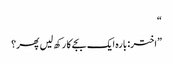
“
”اختر: بارہ ایک بجے کا رکھ لیں پھر؟